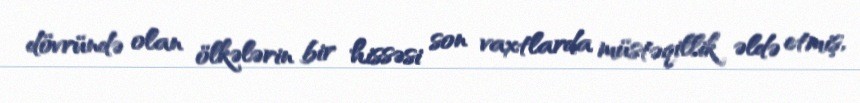
dövründə olan ölkələrin bir hissəsi son vaxtlarda müstəqillik əldə etmiş,